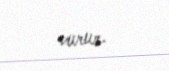
vurur.